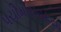
પચીમીરપાકયા